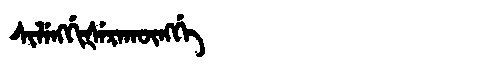
Manchu: ᠰᡳᠯᡝᠩᡤᡳᡧᡝᡵᠠᡴᡡᠩᡤᡝ
Romanization: SILENGGIŠERAKŪNGGE